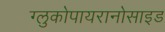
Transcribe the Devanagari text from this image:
ग्लुकोपायरानोसाइड